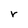
Character: r